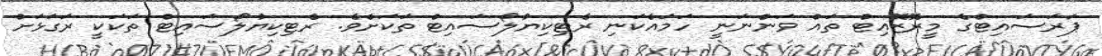
ޕަރަސައިޓްގެ މީރޮޒޮއިޓް ތައް ވަންނަނީ ހަމައެކަނި ރެޓިކިޔުލޯސައިޓް ތަކަށެވެ. ރެޓިކިޔުލޯސައިޓް ތަކަކީ ރަގަޅަށް